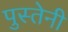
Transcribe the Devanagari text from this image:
पुस्तेनी